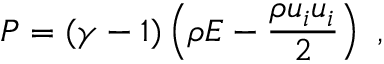
P = ( \gamma - 1 ) \left( \rho E - \frac { \rho u _ { i } u _ { i } } { 2 } \right) \mathrm { ~ , ~ }